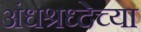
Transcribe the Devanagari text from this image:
अंधश्रध्देच्या